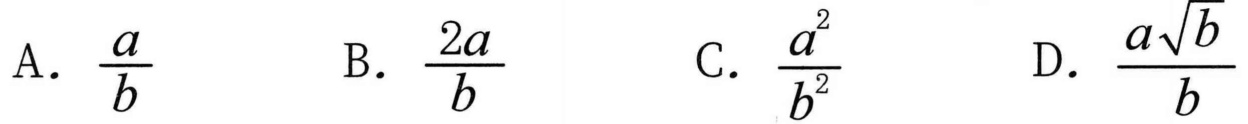
A. \(\frac{a}{b}\)  B. \(\frac{2a}{b}\)  C. \(\frac{a^{2}}{b^{2}}\)  D. \(\frac{a\sqrt{b}}{b}\)